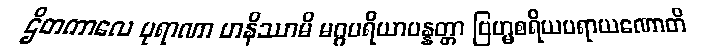
ဌိတကာလေ ပုရာဏာ ဟနိဿာမိ မဂ္ဂပရိယာပန္နတ္တာ ဗြဟ္မစရိယပရာယဏောတိ